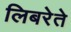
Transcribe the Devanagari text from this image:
लिबरेते